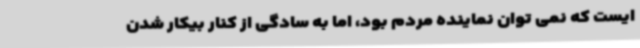
ایست که نمی توان نماینده مردم بود، اما به سادگی از کنار بیکار شدن